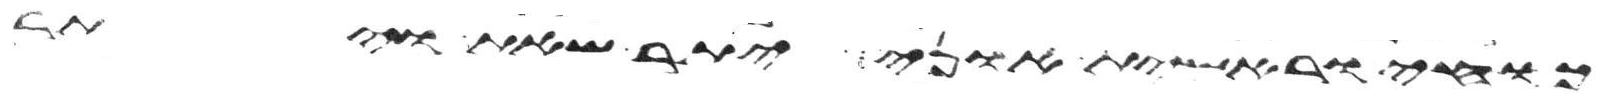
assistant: כחי וראשית אוני יתר שאת ויתר